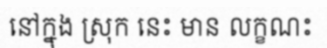
នៅក្នុង ស្រុក នេះ មាន លក្ខណះ